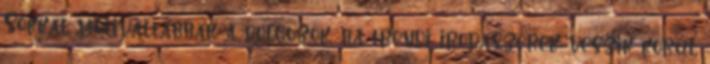
Sokkal motiváltabbak a dolgozók, ha trendi irodaszerek veszik körül